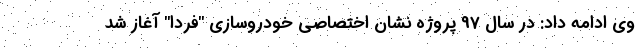
وی ادامه داد: در سال 97 پروژه نشان اختصاصی خودروسازی "فردا" آغاز شد